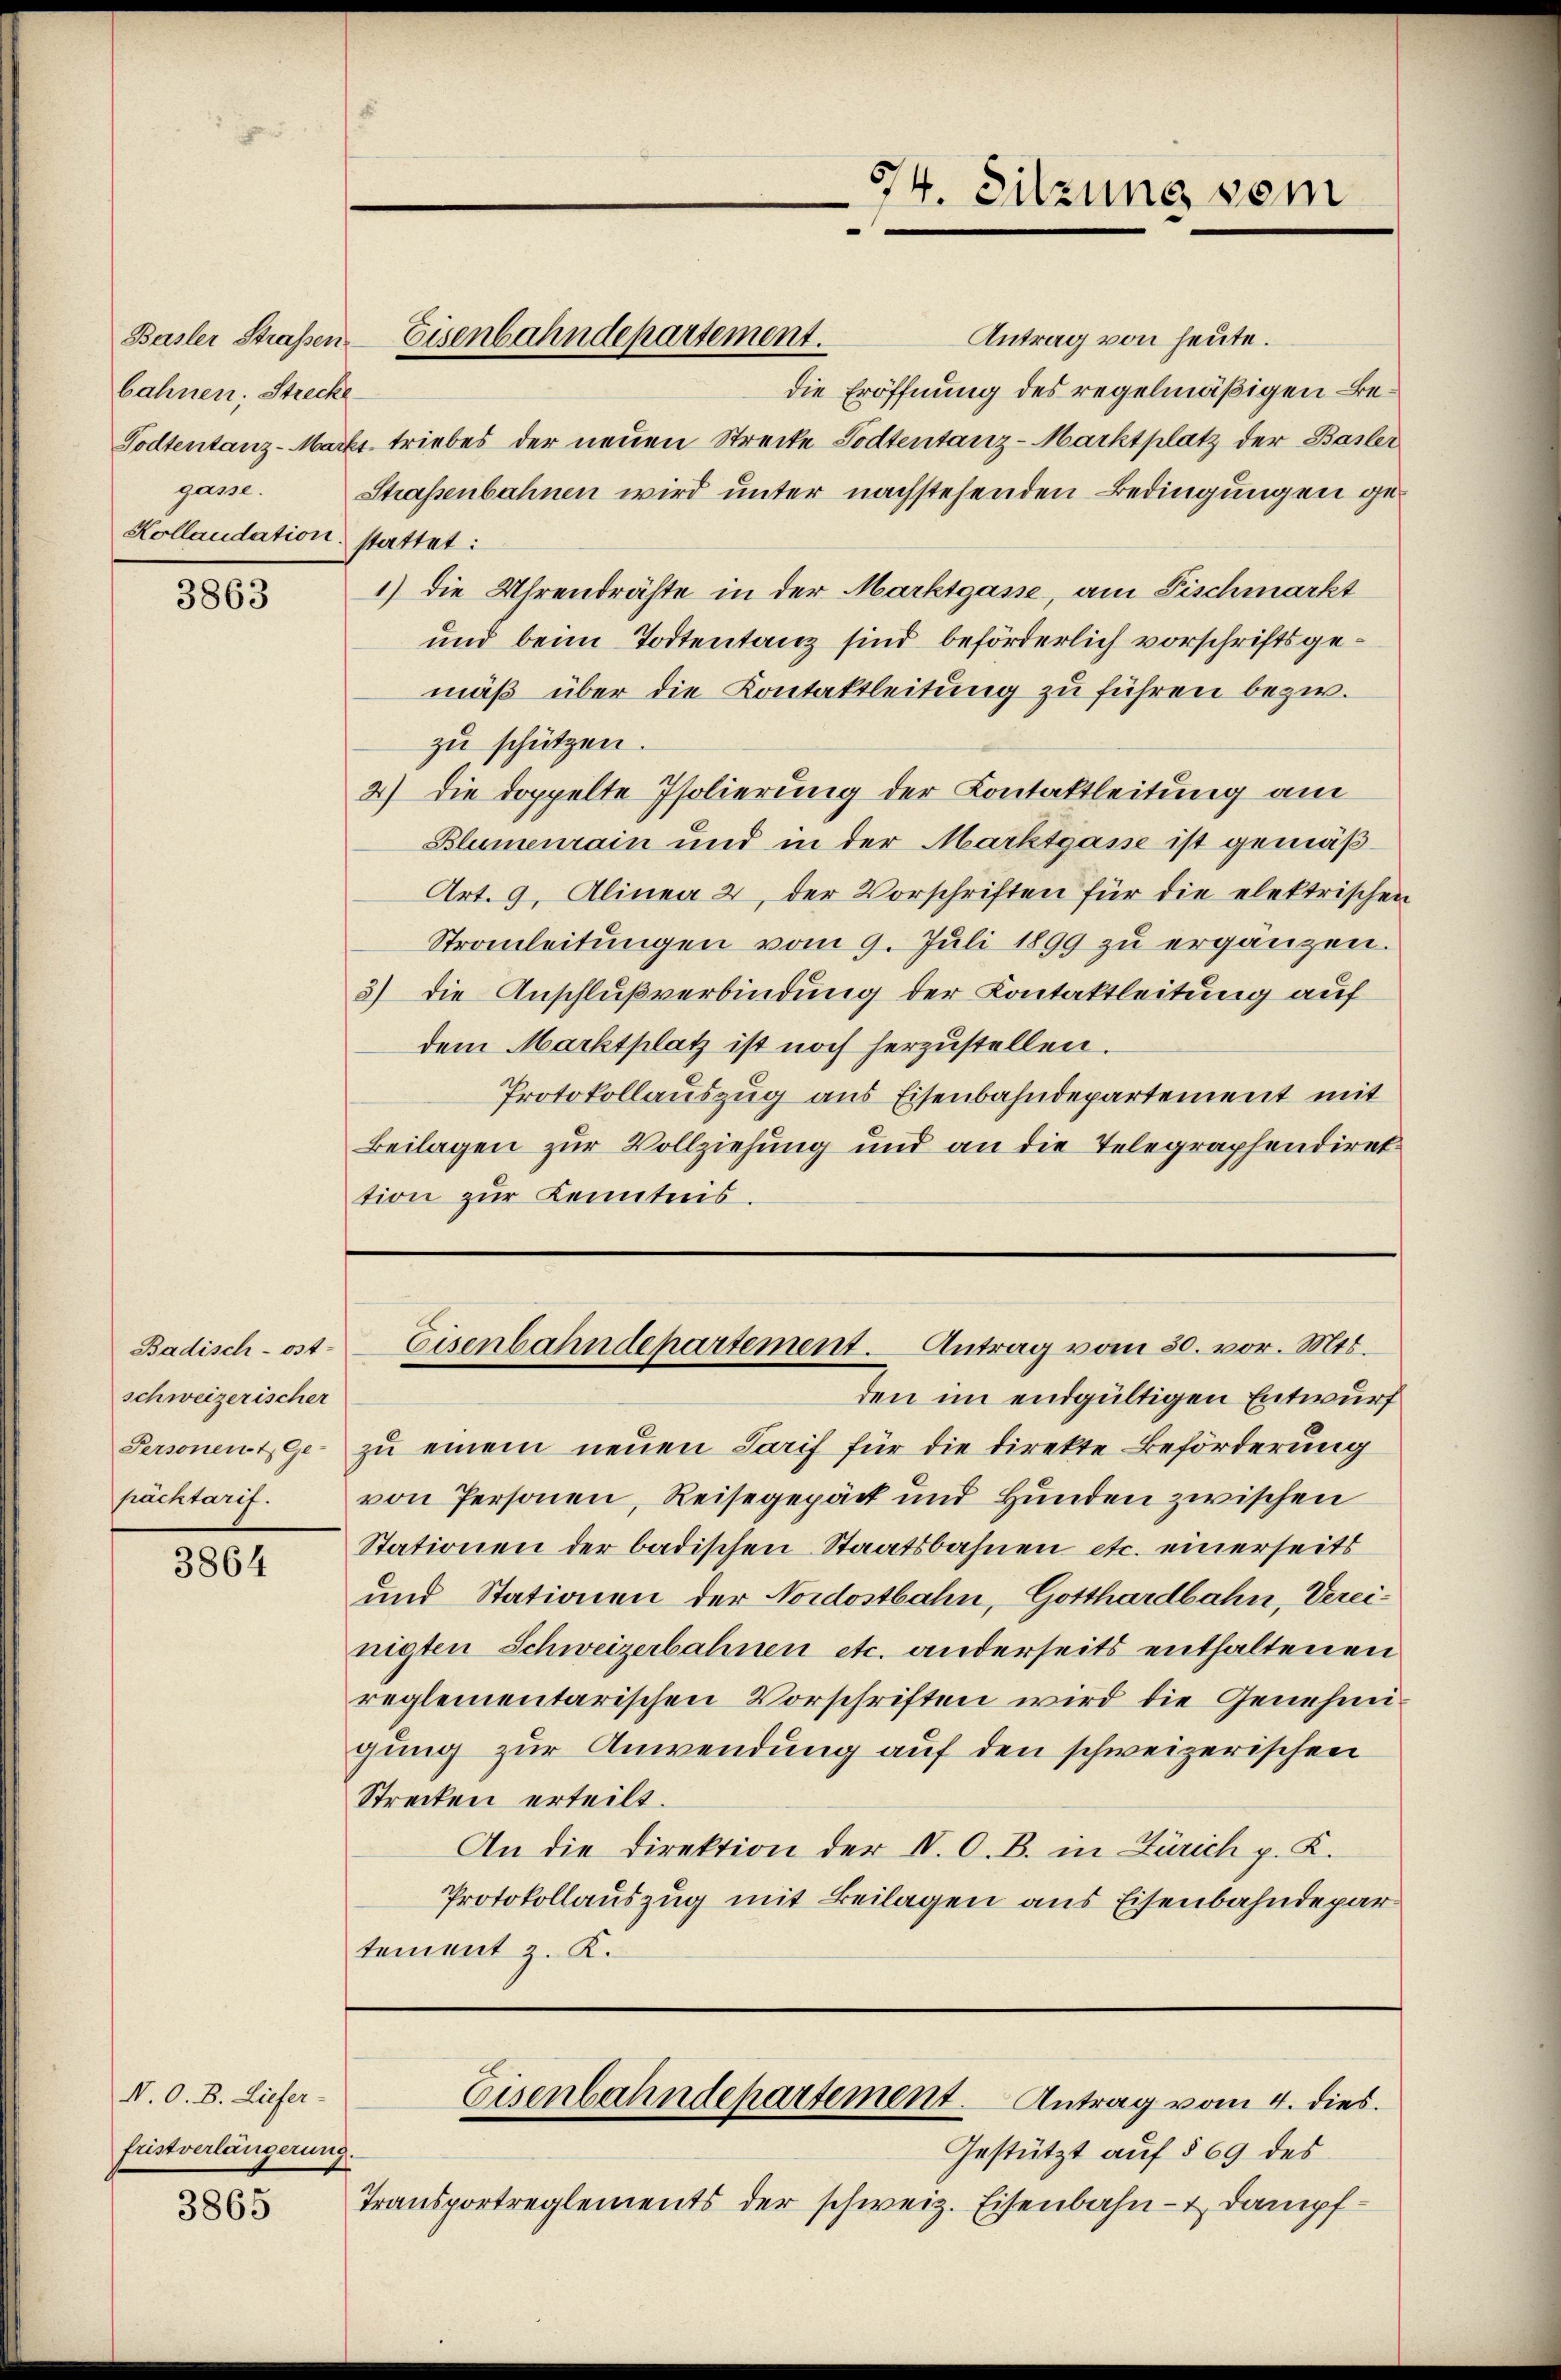
bahnen; Strecke
gane.
Kollaudation stattet:

3863

Badisch-ost-
schweizerischer
Personent Ge-
packtarif.

3864

N. O. B. Liefer-
fristverlängerung

3865

Antrag von heute.
die Eröffnung des regelmäßigen Be¬
Todtentanz-Markt triebes der neuen Strecke Todtentanz-Marktplatz der Basler
Straßenbahnen wird unter nachstehenden Bedingungen ge¬
1) die Uhrendrähte in der Marktgasse am Fischmarkt
und beim Todtentanz sind beförderlich vorschriftsgemäß über die Kontaktleitung zu führen bezw.
zu schützen.
2) die doppelte Isolierung der Kontaktleitung am
Blumenrain und in der Marktgasse ist gemäß¬
Art. 9. Alinea 2, der Vorschriften für die elektrischen
Strauleitungen vom 9. Juli 1899 zu ergänzen.
3) die Anschlußverbindung der Contaktleitung auf
dem Marktplatz ist noch herzustellen.
Protokollauszug aus Eisenbahndepartement mit
Beilagen zur Vollziehung und an die Telegraphendiret
tion zur Kenntnis.

Basler Straßen Eisenbahndepartement.

74. Sitzung sein

Eisenbahndepartement. Antrag vom 30. vor. Mts.

den im endgültigen Entwurf
zu einem neuen Tarif für die direkte Beförderung
von Personen, Reisegepäck und Hunden zwischen
Stationen der badischen Staatsbahnen etc. einerseits
und Stationen der Nordostbahn, Gotthardbahn, Vereinigten Schweizerbahnen etc. anderseits enthaltenen
reglementarischen Vorschriften wird die Genehmigung zur Anwendung auf den schweizerischen
Strecken erteilt.
An die Direktion der V. O. B. in Zürich p. K.
Protokollauszug mit Beilagen aus Eisenbahndepar
tement z. K.

Gestützt auf § 69 des
Transportreglements der schweiz. Eisenbahn- & Dampf¬

Eisenbahndepartement. Antrag vom 4. dies